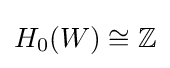
H_{0}(W)\cong \mathbb {Z}